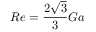
R e = \frac { 2 \sqrt { 3 } } { 3 } G a